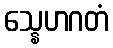
သ္နေဟဂတံ